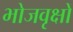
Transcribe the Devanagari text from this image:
भोजवृक्षों